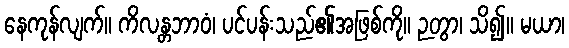
နေကုန်လျက်။ ကိလန္တဘာဝံ၊ ပင်ပန်းသည်၏အဖြစ်ကို။ ဉတွာ၊ သိ၍။ မယာ၊